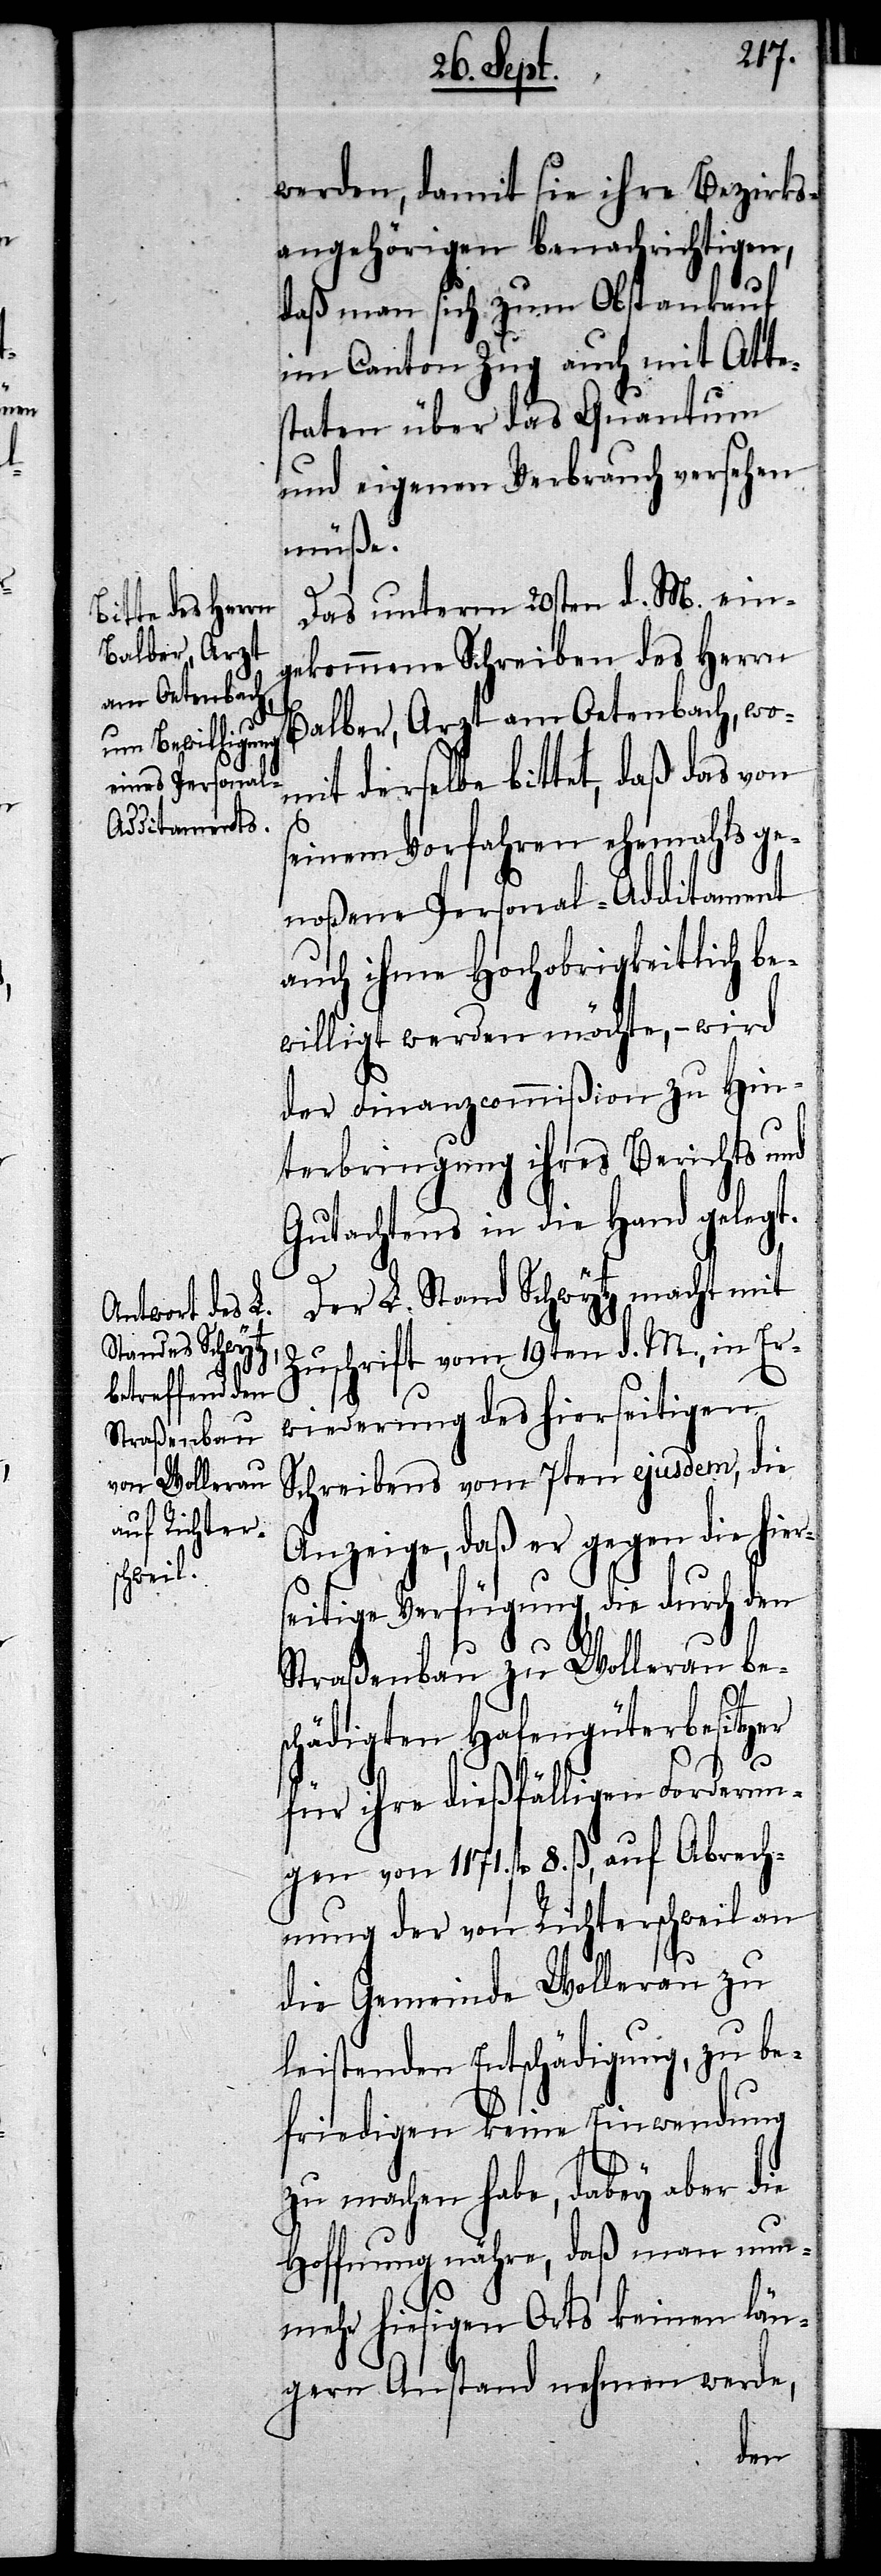
werden, damit sie ihre Bezirks¬
angehörigen benachrichtigen,
daß man sich zum Obstankauf
im Canton Zug auch mit Atte¬
staten über das Quantum
und eigenen Verbrauch versehen
müße.
Das unterm 20sten d. M. eing¬
ekommene Schreiben des Herrn
Balber, Arzt am Oetenbach, wo¬
mit derselbe bittet, daß das von
seinem Vorfahren ehemahls ge¬
noßene Personal-Additament
auch ihme Hochobrigkeitlich be¬
willigt werden möchte, – wird
der Finanzcommißion zu Hin¬
terbringung ihres Berichts und
Gutachtens in die Hand gelegt.
Der L. Stand Schwytz macht mit
Zuschrift vom 19ten d. M., in Er¬
wiederung des hierseitigen
Schreibens vom 7ten ejusdem, die
Anzeige, daß er gegen die hier¬
seitige Verfügung, die durch den
Straßenbau zu Wollerau be¬
schädigten Hafengüterbesitzer
für ihre dießfälligen Forderungen
von 1171. fl 8. ß, auf Abrech¬
nung der von Richterschweil an
die Gemeinde Wollerau zu
leistenden Entschädigung, zu be¬
friedigen keine Einwendung
zu machen habe, dabey aber
Hoffnung nähre, daß man nun¬
mehr hiesigen Orts keinen län¬
gern Anstand nehmen werde,